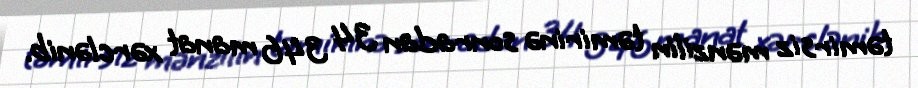
təmirsiz mənzilin təmirinə sonradan 34 346 manat xərclənib.